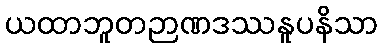
ယထာဘူတဉာဏဒဿနူပနိသာ